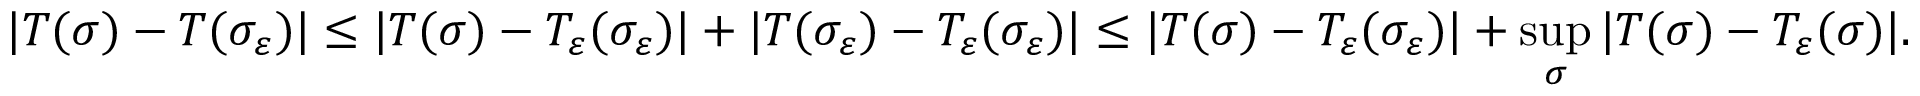
| T ( \sigma ) - T ( \sigma _ { \varepsilon } ) | \le | T ( \sigma ) - T _ { \varepsilon } ( \sigma _ { \varepsilon } ) | + | T ( \sigma _ { \varepsilon } ) - T _ { \varepsilon } ( \sigma _ { \varepsilon } ) | \le | T ( \sigma ) - T _ { \varepsilon } ( \sigma _ { \varepsilon } ) | + \operatorname* { s u p } _ { \sigma } | T ( \sigma ) - T _ { \varepsilon } ( \sigma ) | .